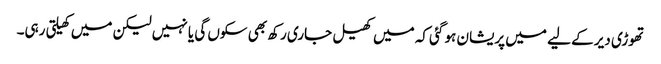
تھوڑی دیر کے لیے میں پریشان ہو گئی کہ میں کھیل جاری رکھ بھی سکوں گی یا نہیں لیکن میں کھیلتی رہی۔